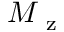
M _ { \mathrm { ~ z ~ } }